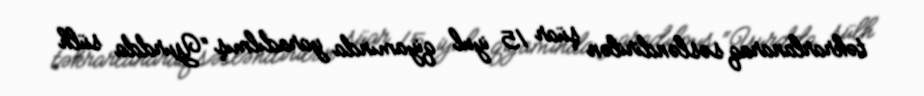
təkrarlanaraq səsləndirilən şüar 15 iyul qiyamında yaradılmış “Yurdda sülh